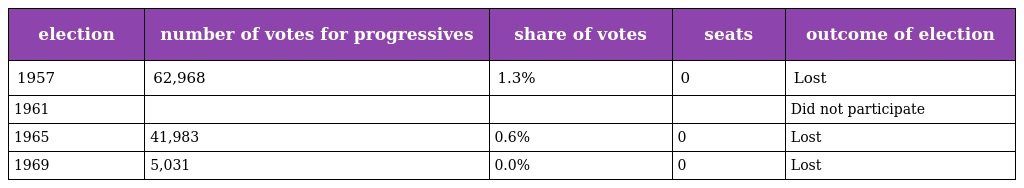
| election | number of votes for progressives | share of votes | seats | outcome of election |
 | --- | --- | --- | --- | --- |
 | 1957 | 62,968 | 1.3% | 0 | Lost |
 | 1961 |  |  |  | Did not participate |
 | 1965 | 41,983 | 0.6% | 0 | Lost |
 | 1969 | 5,031 | 0.0% | 0 | Lost |